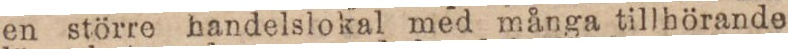
en större handelslokal med många tillhörande